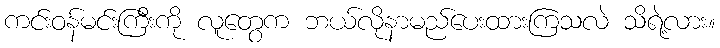
ကင်းဝန်မင်းကြီးကို လူတွေက ဘယ်လိုနာမည်ပေးထားကြသလဲ သိရဲ့လား။